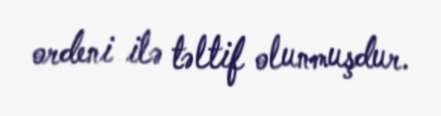
ordeni ilə təltif olunmuşdur.